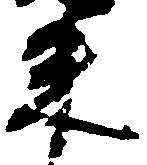
束